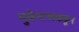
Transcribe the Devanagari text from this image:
युवेन्टसकडून